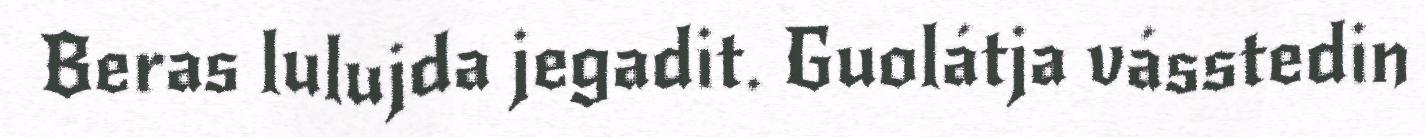
Beras lulujda jegadit. Guolátja vásstedin